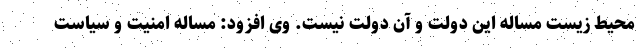
محیط زیست مساله این دولت و آن دولت نیست. وی افزود: مساله امنیت و سیاست